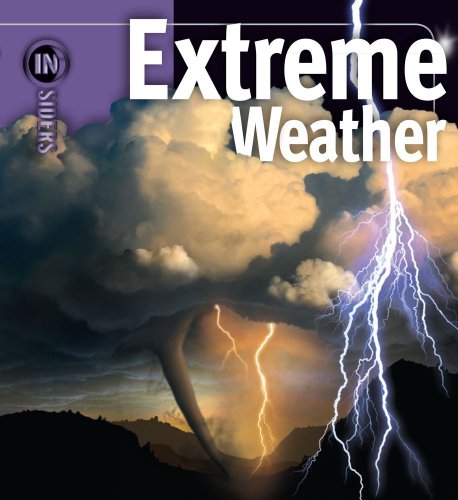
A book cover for Extreme Weather (Insiders); H. Michael Mogil; Science & Math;